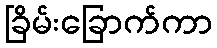
ခြိမ်းခြောက်ကာ